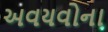
અવયવોના